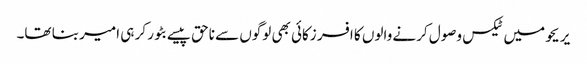
‏ یریحو میں ٹیکس وصول کرنے والوں کا افسر زکائی بھی لوگوں سے ناحق پیسے بٹور کر ہی امیر بنا تھا۔